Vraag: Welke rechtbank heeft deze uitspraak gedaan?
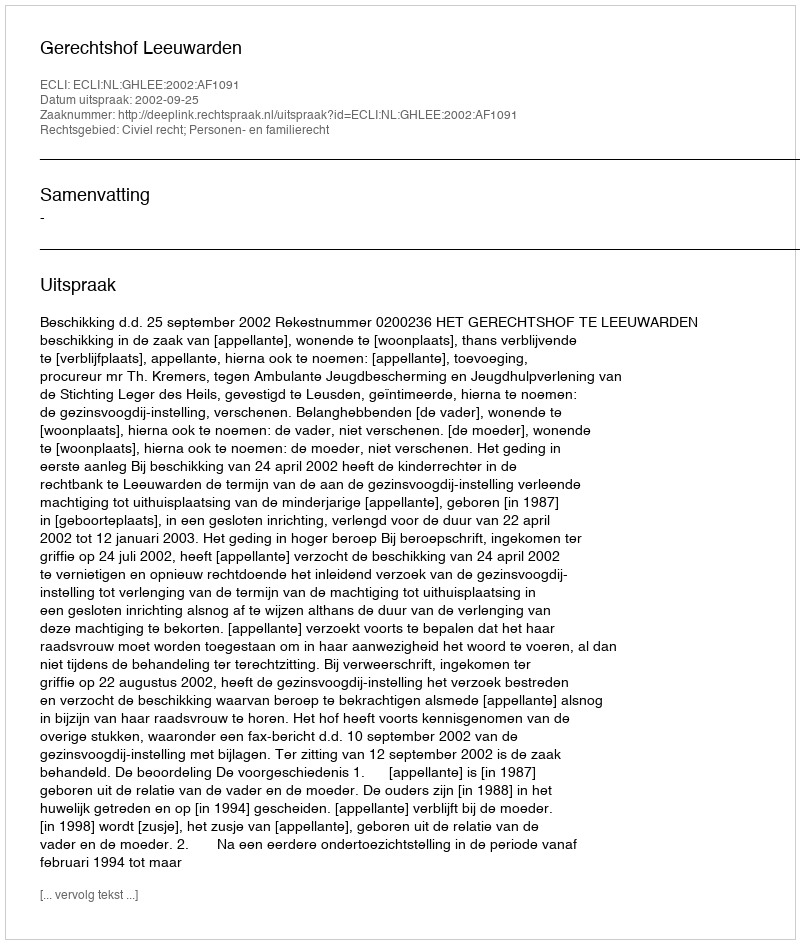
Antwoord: Gerechtshof Leeuwarden